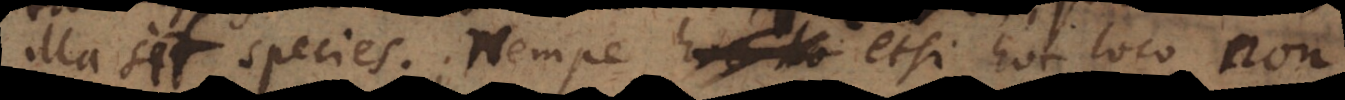
illa sit species; nempe etsi hoc loco non